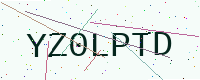
Text: YZ0LPTD